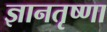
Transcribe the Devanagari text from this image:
ज्ञानतृष्णा